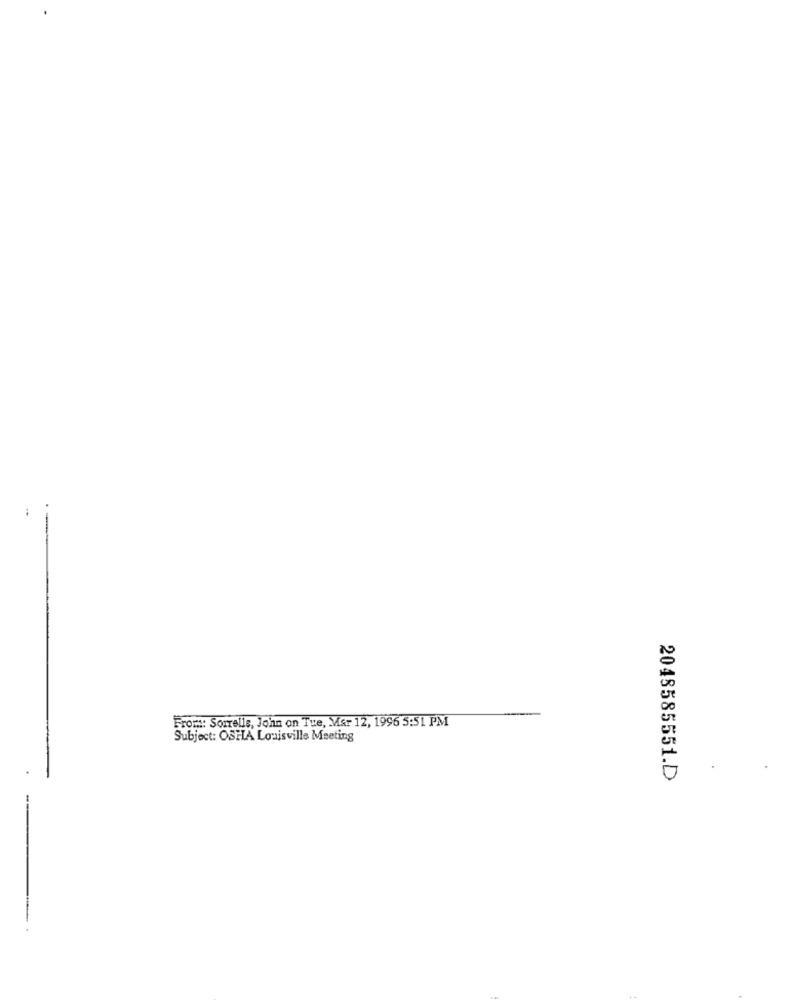
From: Sorrells, John on Tue, Mar 12, 1996 5:51 PM
Subject: OSHA Louisville Meeting
2048585551.D